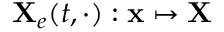
{ \bf X } _ { e } ( t , \cdot ) : { \bf x } \mapsto { \bf X }